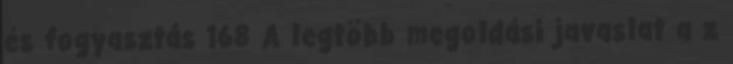
és fogyasztás 168 A legtöbb megoldási javaslat a z